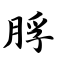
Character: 脬